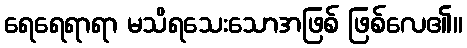
ရေရေရာရာ မသိရသေးသောအဖြစ် ဖြစ်လေ၏။